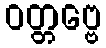
ဝတ္တဗ္ဗေ